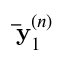
\mathbf { \bar { y } } _ { 1 } ^ { ( n ) }